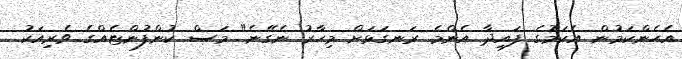
އެހެންކަމުން އެކަމުގެ ފައިދާ އެންމެ ރަނގަޅަށް މިހާރު ނެގޭނެ" މަސް ކުންފުންޏެއްގެ ވެރިއަކު